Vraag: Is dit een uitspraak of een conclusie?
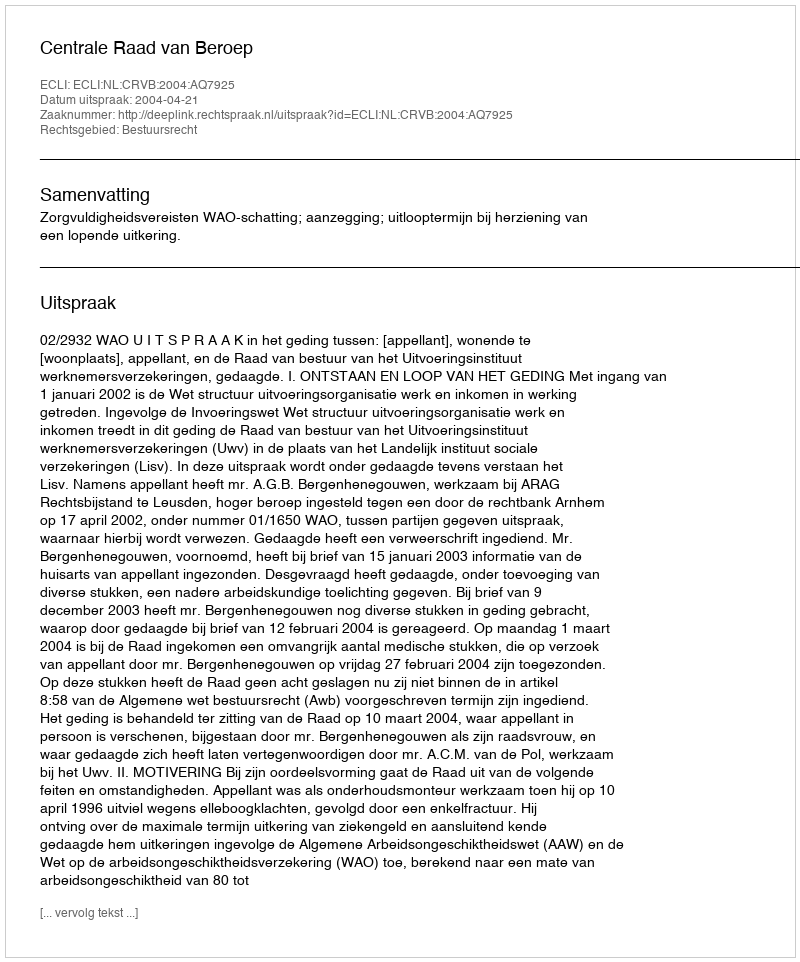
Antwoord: Uitspraak